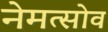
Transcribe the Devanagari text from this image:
नेमत्सोव